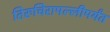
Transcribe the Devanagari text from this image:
तिरुचिरापल्लीपर्यंत